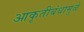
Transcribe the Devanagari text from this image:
आकृतीबंधामुळे